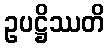
ဥပဋ္ဌိဿတိ